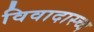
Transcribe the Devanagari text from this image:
विवादास्च्द